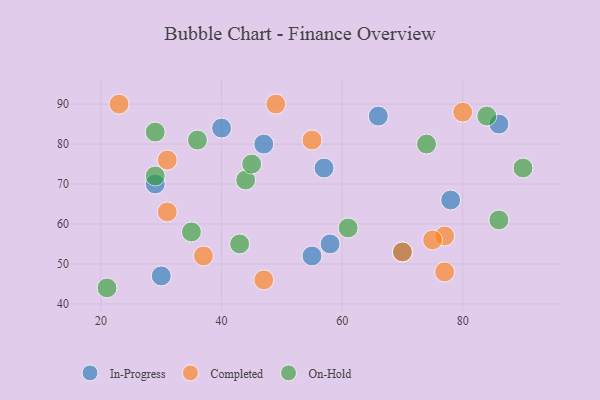
{"axis": {"x": "GDP", "y": "Life Expectancy"}, "legend": ["Completed", "In-Progress", "On-Hold"], "data": [{"x": "47", "y": 80, "type": "In-Progress"}, {"x": "57", "y": 74, "type": "In-Progress"}, {"x": "58", "y": 55, "type": "In-Progress"}, {"x": "70", "y": 53, "type": "In-Progress"}, {"x": "30", "y": 47, "type": "In-Progress"}, {"x": "55", "y": 52, "type": "In-Progress"}, {"x": "66", "y": 87, "type": "In-Progress"}, {"x": "29", "y": 70, "type": "In-Progress"}, {"x": "40", "y": 84, "type": "In-Progress"}, {"x": "78", "y": 66, "type": "In-Progress"}, {"x": "86", "y": 85, "type": "In-Progress"}, {"x": "77", "y": 57, "type": "Completed"}, {"x": "47", "y": 46, "type": "Completed"}, {"x": "75", "y": 56, "type": "Completed"}, {"x": "37", "y": 52, "type": "Completed"}, {"x": "80", "y": 88, "type": "Completed"}, {"x": "31", "y": 76, "type": "Completed"}, {"x": "31", "y": 63, "type": "Completed"}, {"x": "55", "y": 81, "type": "Completed"}, {"x": "49", "y": 90, "type": "Completed"}, {"x": "70", "y": 53, "type": "Completed"}, {"x": "23", "y": 90, "type": "Completed"}, {"x": "77", "y": 48, "type": "Completed"}, {"x": "21", "y": 44, "type": "On-Hold"}, {"x": "29", "y": 72, "type": "On-Hold"}, {"x": "35", "y": 58, "type": "On-Hold"}, {"x": "43", "y": 55, "type": "On-Hold"}, {"x": "74", "y": 80, "type": "On-Hold"}, {"x": "61", "y": 59, "type": "On-Hold"}, {"x": "44", "y": 71, "type": "On-Hold"}, {"x": "29", "y": 83, "type": "On-Hold"}, {"x": "36", "y": 81, "type": "On-Hold"}, {"x": "45", "y": 75, "type": "On-Hold"}, {"x": "86", "y": 61, "type": "On-Hold"}, {"x": "84", "y": 87, "type": "On-Hold"}, {"x": "90", "y": 74, "type": "On-Hold"}]}